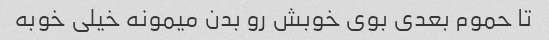
تا حموم بعدی بوی خوبش رو بدن میمونه خیلی خوبه